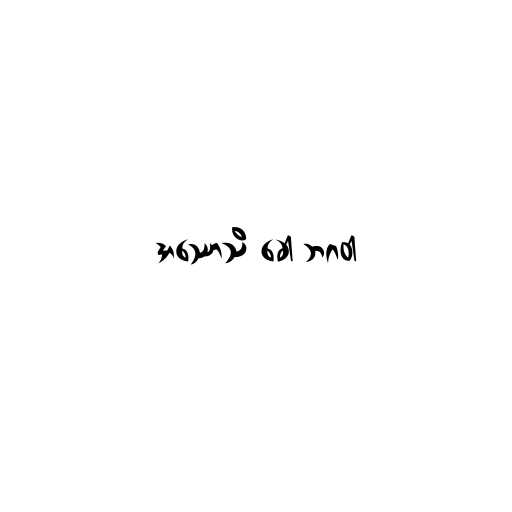
အဿောသိ ခေါ ဘဂဝါ